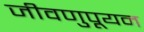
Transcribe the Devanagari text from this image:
जीवणुपूयन